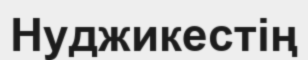
Нуджикестің